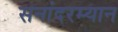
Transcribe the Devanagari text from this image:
सनांदरम्यान